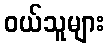
ဝယ်သူများ